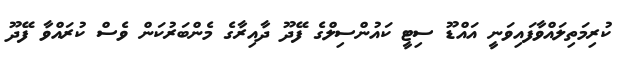
ކުރިމަތިލައްވާފައިވަނީ އައްޑޫ ސިޓީ ކައުންސިލްގެ ފޭދޫ ދާއިރާގެ މެންބަރުކަން ވެސް ކުރައްވާ ފޭދޫ